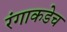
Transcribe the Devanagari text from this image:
रंगाकडेच